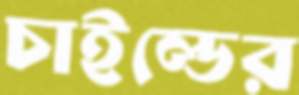
চাইল্ডের